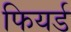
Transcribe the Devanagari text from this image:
फियर्ड